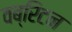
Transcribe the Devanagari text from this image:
वब्रिटन